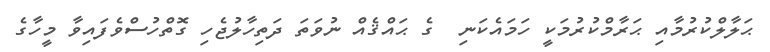
ޙަލާލްކުރުމާއި ޙަރާމްކުރުމަކީ ހަމައެކަނި  ގެ ޙައްޤެއް ނުވަތަ ދަތިހާލުޖެހި ގޮތްހުސްވެފައިވާ މީހާގެ